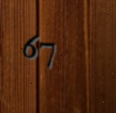
67